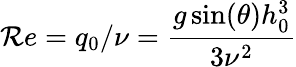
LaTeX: {\mathcal Re}=q_{0}/\nu=\frac{g\sin(\theta)h_{0}^{3}}{3\nu^{2}}